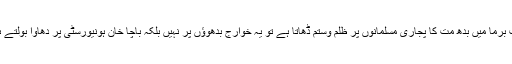
جب برما میں بدھ مت کا پجاری مسلمانوں پر ظلم وستم ڈھاتا ہے تو یہ خوارج بدھوؤں پر نہیں بلکہ باچا خان ہونیورسٹی پر دھاوا بولتے ہیں۔